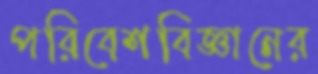
পরিবেশবিজ্ঞানের